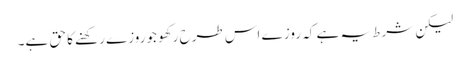
لیکن شرط یہ ہے کہ روز ے اس طرح رکھو جوروزے رکھنے کا حق ہے۔